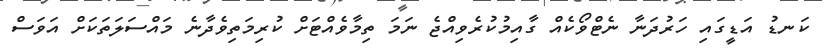
ކަނޑު އަޑީގައި ހަރުދަނާ ނެޓްވޯކެއް ގާއިމުކުރެވިއްޖެ ނަމަ ތިމާވެއްޓަށް ކުރިމަތިވެދާނެ މައްސަލަތަކަށް އަވަސް